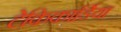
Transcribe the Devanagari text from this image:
टेकिकार्डिया